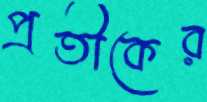
প্রতীকের